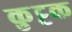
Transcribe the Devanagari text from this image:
कुुट्टक